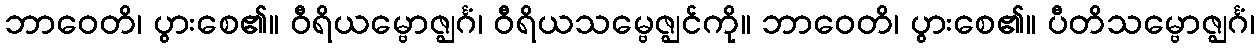
ဘာဝေတိ၊ ပွားစေ၏။ ဝီရိယမ္ဗောဇ္ဈင်္ဂံ၊ ဝီရိယသမ္ဗေဇ္ဈင်ကို။ ဘာဝေတိ၊ ပွားစေ၏။ ပီတိသမ္ဗောဇ္ဈင်္ဂံ၊